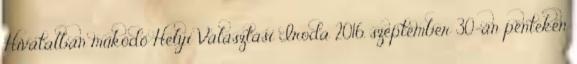
Hivatalban működő Helyi Választási Iroda 2016. szeptember 30-án pénteken